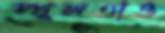
স্থূলতাও